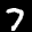
Label: 7